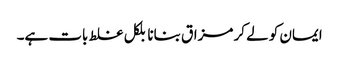
ایمان کو لے کر مزاق بنانا بلکل غلط بات ہے۔